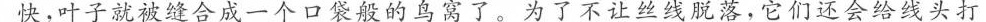
快。叶子就被缝合成一个口袋般的鸟窝了。为了不让丝线脱落，它们还会给线头打